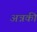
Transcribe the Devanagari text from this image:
अन्नकी